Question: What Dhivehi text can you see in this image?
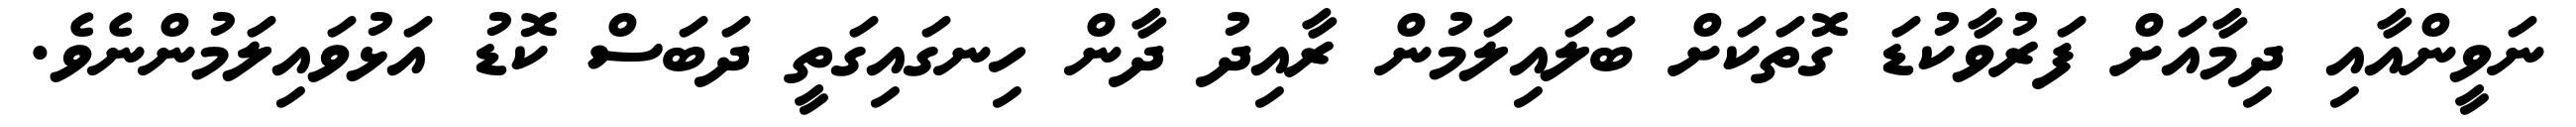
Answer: ނަވީންއާއި ދިމާއަށް ފަރުވާކުޑަ ގޮތަކަށް ބަލައިލަމުން ރާއިދު ދާން ހިނގައިގަތީ ދަބަސް ކޮޑު އަޅުވައިލަމުންނެވެ.